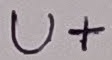
Text: U+